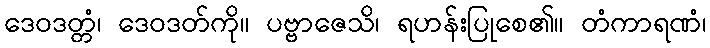
ဒေဝဒတ္တံ၊ ဒေဝဒတ်ကို။ ပဗ္ဗာဇေသိ၊ ရဟန်းပြုစေ၏။ တံကာရဏံ၊